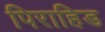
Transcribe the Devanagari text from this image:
पिराहिड